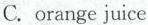
C. orange juice